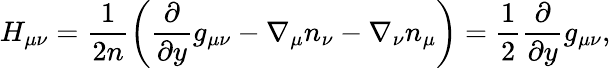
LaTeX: H_{\mu\nu}=\frac 1{2n}\left(\frac{\partial}{\partial y}g_{\mu\nu}-\nabla_{\mu}n_{\nu}-\nabla_{\nu}n_{\mu}\right)=\frac 12\frac{\partial}{\partial y}g_{\mu\nu},